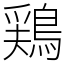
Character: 鶏